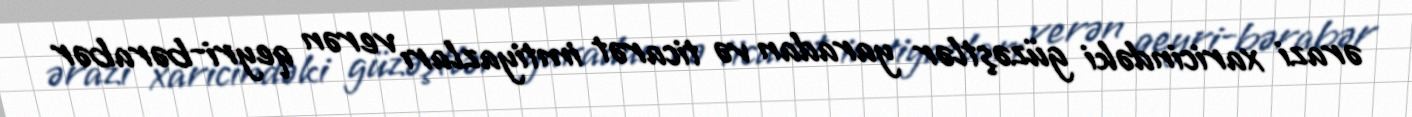
ərazi xaricindəki güzəştlər yaradan və ticarət imtiyazları verən qeyri-bərabər